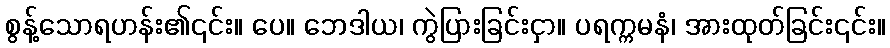
စွန့်သောရဟန်း၏၎င်း။ ပေ။ ဘေဒါယ၊ ကွဲပြားခြင်းငှာ။ ပရက္ကမနံ၊ အားထုတ်ခြင်း၎င်း။